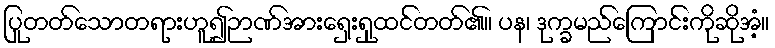
ပြုတတ်သောတရားဟူ၍ဉာဏ်အားရှေးရှုထင်တတ်၏။ ပန၊ ဒုက္ခမည်ကြောင်းကိုဆိုအံ့။